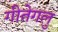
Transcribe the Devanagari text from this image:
गीतेगलु